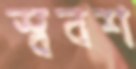
স্ববশ